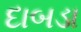
દાબડા